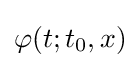
\varphi (t;t_{0},x)